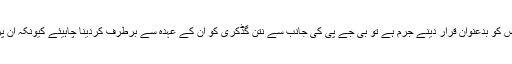
انہوں نے کہا کہ اگر کسی بدعنوان شخص کو بدعنوان قرار دینے جرم ہے تو بی جے پی کی جانب سے نتن گڈکری کو اُن کے عہدہ سے برطرف کردینا چاہیئے کیونکہ ان پر بھی بدعنوانیوں کے الزامات عائد ہے۔